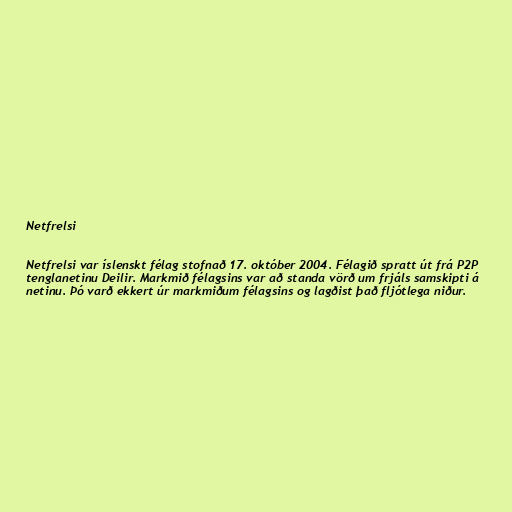
Netfrelsi

Netfrelsi var íslenskt félag stofnað 17. október 2004. Félagið spratt út frá P2P
tenglanetinu Deilir. Markmið félagsins var að standa vörð um frjáls samskipti á
netinu. Þó varð ekkert úr markmiðum félagsins og lagðist það fljótlega niður.